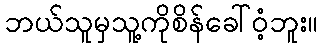
ဘယ်သူမှသူ့ကိုစိန်ခေါ်ဝံ့ဘူး။